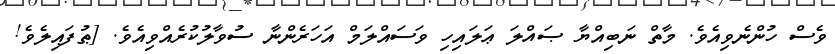
ވެސް ހުންނެވިއެވެ. މާތް ނަބިއްޔާ ޞައްލަ ޢަލައިހި ވަސައްލަމް އަހަރެންނާ ސުވާލުކުރެއްވިއެވެ. [ޠުފައިލެވެ!